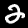
Digit: 2